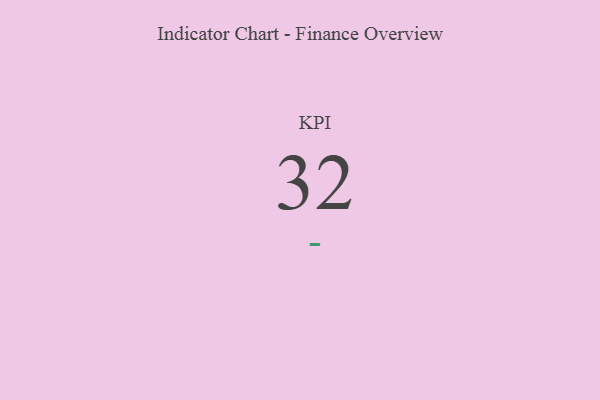
{"axis": {"x": "KPI", "y": "Value"}, "legend": [""], "data": [{"x": "KPI", "y": 32, "type": ""}]}